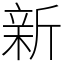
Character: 新